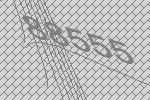
88555